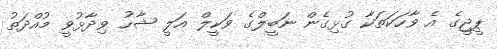
ޕީޖީގެ އެ ވާހަކަތަކާ ގުޅިގެން ނަބީލްގެ ވަކީލް އަލީ ޝާހު ވިދާޅުވީ މުއްދަތު